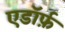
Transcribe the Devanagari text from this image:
एडॉर्फ़